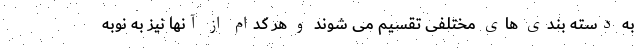
به دسته بندی های مختلفی تقسیم می شوند و هر کدام از آنها نیز به نوبه